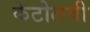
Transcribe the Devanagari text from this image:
केटोलवी